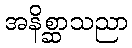
အနိစ္ဆာသညာ